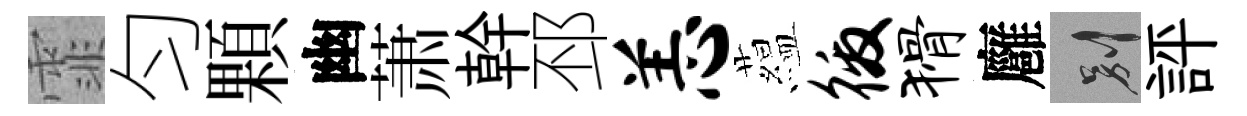
霏匀顆幽萧幹邳恙藴徼猾廱别評